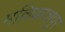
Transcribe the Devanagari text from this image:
मल्लिकाशपुर